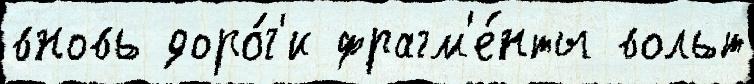
вновь доро́г'и фрагм'е́нты вольт